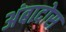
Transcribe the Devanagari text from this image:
अंबादोस